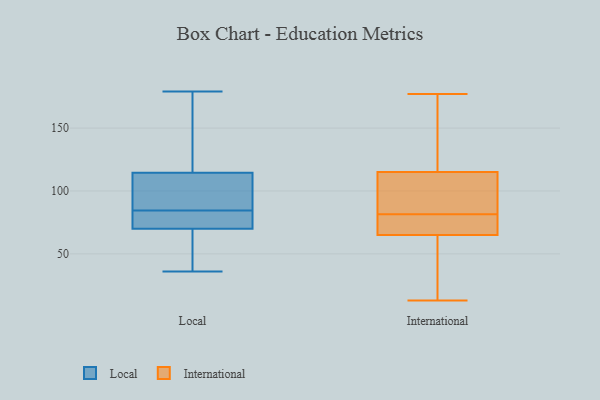
{"axis": {"x": "Population (Million)", "y": "Value"}, "legend": ["International", "Local"], "data": [{"x": "", "y": 128, "type": "Local"}, {"x": "", "y": 85, "type": "Local"}, {"x": "", "y": 73, "type": "Local"}, {"x": "", "y": 67, "type": "Local"}, {"x": "", "y": 179, "type": "Local"}, {"x": "", "y": 101, "type": "Local"}, {"x": "", "y": 65, "type": "Local"}, {"x": "", "y": 84, "type": "Local"}, {"x": "", "y": 83, "type": "Local"}, {"x": "", "y": 94, "type": "Local"}, {"x": "", "y": 153, "type": "Local"}, {"x": "", "y": 36, "type": "Local"}, {"x": "", "y": 171, "type": "International"}, {"x": "", "y": 13, "type": "International"}, {"x": "", "y": 68, "type": "International"}, {"x": "", "y": 93, "type": "International"}, {"x": "", "y": 72, "type": "International"}, {"x": "", "y": 33, "type": "International"}, {"x": "", "y": 177, "type": "International"}, {"x": "", "y": 115, "type": "International"}, {"x": "", "y": 91, "type": "International"}, {"x": "", "y": 65, "type": "International"}]}